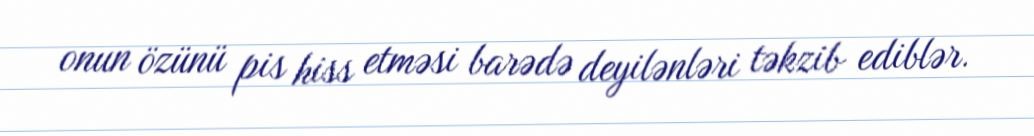
onun özünü pis hiss etməsi barədə deyilənləri təkzib ediblər.